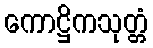
ကောဋ္ဌိကသုတ္တံ